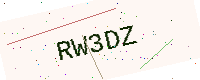
Text: RW3DZ